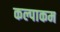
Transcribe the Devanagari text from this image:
कल्पाकम